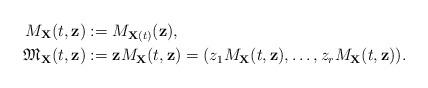
LaTeX: \begin{align*}M_{\mathbf{X}}(t,\mathbf{z})&:=M_{\mathbf{X}(t)}(\mathbf{z}), \\\mathfrak{M}_{\mathbf{X}}(t, \mathbf{z})&:= \mathbf{z}M_{\mathbf{X}}(t,\mathbf{z})= (z_1 M_{\mathbf{X}}(t,\mathbf{z}),\ldots,z_r M_{\mathbf{X}}(t,\mathbf{z})).\end{align*}